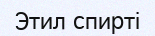
Этил спирті